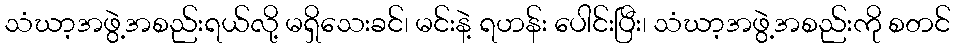
သံဃာ့အဖွဲ့အစည်းရယ်လို့ မရှိသေးခင်၊ မင်းနဲ့ ရဟန်း ပေါင်းပြီး၊ သံဃာ့အဖွဲ့အစည်းကို စတင်